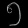
Digit: ၅